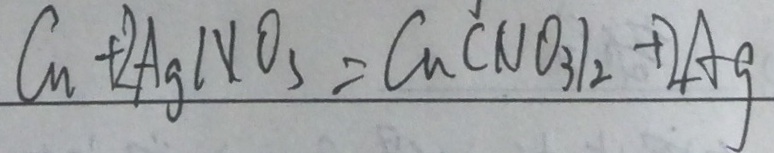
C u + 2 A g l N O _ { 3 } = C u ( N O _ { 3 } ) _ { 2 } + 2 A g